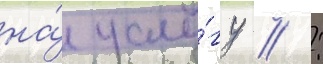
на́ услу́гу  :